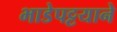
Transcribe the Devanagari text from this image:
भाडेपट्टयाने